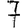
Digit: 7